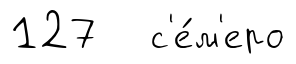
127 с'е́м'еро